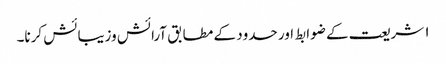
۱ شریعت کے ضوابط اور حدود کے مطابق آرائش وزیبائش کرنا۔